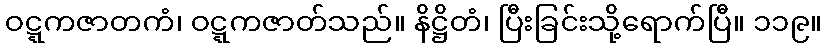
ဝဋ္ဋကဇာတကံ၊ ဝဋ္ဋကဇာတ်သည်။ နိဋ္ဌိတံ၊ ပြီးခြင်းသို့ရောက်ပြီ။ ၁၁၉။